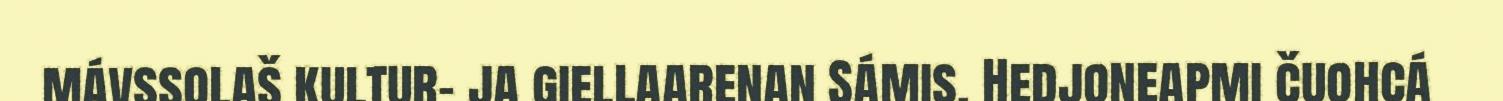
mávssolaš kultur- ja giellaarenan Sámis. Hedjoneapmi čuohcá